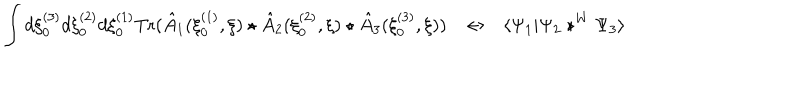
\int d \xi _ { 0 } ^ { ( 3 ) } d \xi _ { 0 } ^ { ( 2 ) } d \xi _ { 0 } ^ { ( 1 ) } \mathrm { T r } ( \hat { A } _ { 1 } ( \xi _ { 0 } ^ { ( 1 ) } , \xi ) \star \hat { A } _ { 2 } ( \xi _ { 0 } ^ { ( 2 ) } , \xi ) \star \hat { A } _ { 3 } ( \xi _ { 0 } ^ { ( 3 ) } , \xi ) ) \leftrightarrow \langle \Psi _ { 1 } | \Psi _ { 2 } \star ^ { W } \Psi _ { 3 } \rangle